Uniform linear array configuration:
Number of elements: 8
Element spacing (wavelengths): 0.5
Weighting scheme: kaiser
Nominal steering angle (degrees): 15
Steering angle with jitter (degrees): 13.219
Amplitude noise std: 0.05
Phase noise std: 0.05

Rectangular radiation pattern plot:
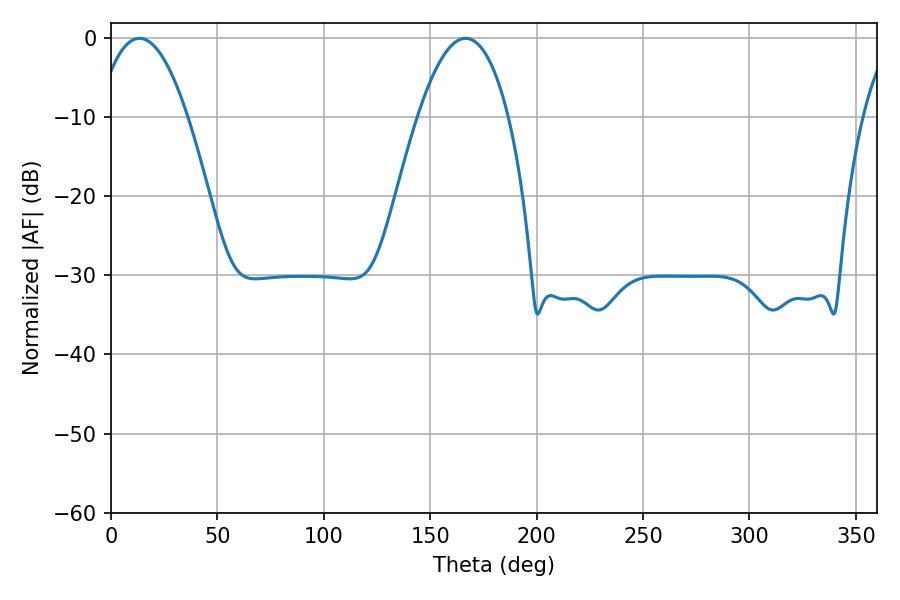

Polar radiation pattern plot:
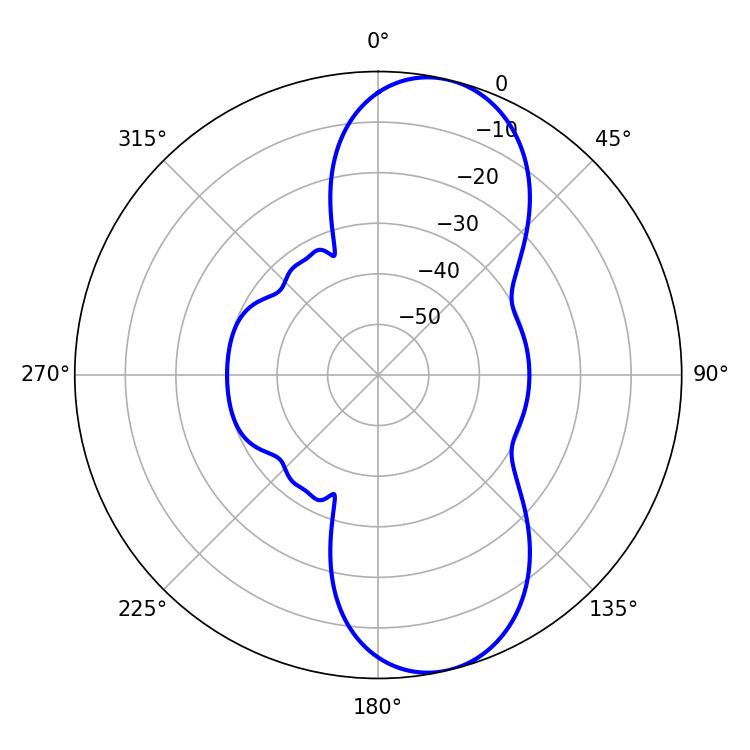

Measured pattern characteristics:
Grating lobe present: FALSE
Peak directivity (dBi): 9.725
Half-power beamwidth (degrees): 23.58
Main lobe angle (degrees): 13.32